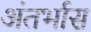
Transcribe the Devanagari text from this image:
अंतर्भास